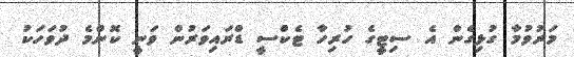
މަރުވުމާ ގުޅިގެން އެ ސިޓީގެ ހުރިހާ ޓެކްސީ ޑްރައިވަރުން ވަނީ ކޮންމެ ދުވަހަކު